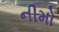
નીમો